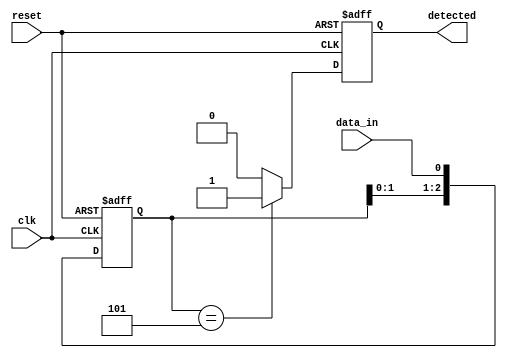
module pattern_detector (
    input wire clk,          // Clock signal
    input wire reset,        // Reset signal
    input wire data_in,      // Input data stream
    output reg detected       // Output signal indicating pattern detection
);

// Parameters
parameter PATTERN_LENGTH = 3; // Length of the pattern to detect
parameter [PATTERN_LENGTH-1:0] PATTERN = 3'b101; // Pattern to detect

// Internal state to hold the last n bits of input data
reg [PATTERN_LENGTH-1:0] state;

// Initialization and state transition logic
always @(posedge clk or posedge reset) begin
    if (reset) begin
        // Reset the state to 0
        state <= 0;
        detected <= 0;
    end
    else begin
        // Shift the state to the left and add the new input data
        state <= {state[PATTERN_LENGTH-2:0], data_in};

        // Check for the pattern match
        if (state == PATTERN) begin
            detected <= 1; // Set detected high if pattern matches
        end
        else begin
            detected <= 0; // Reset detected if no match
        end
    end
end

endmodule